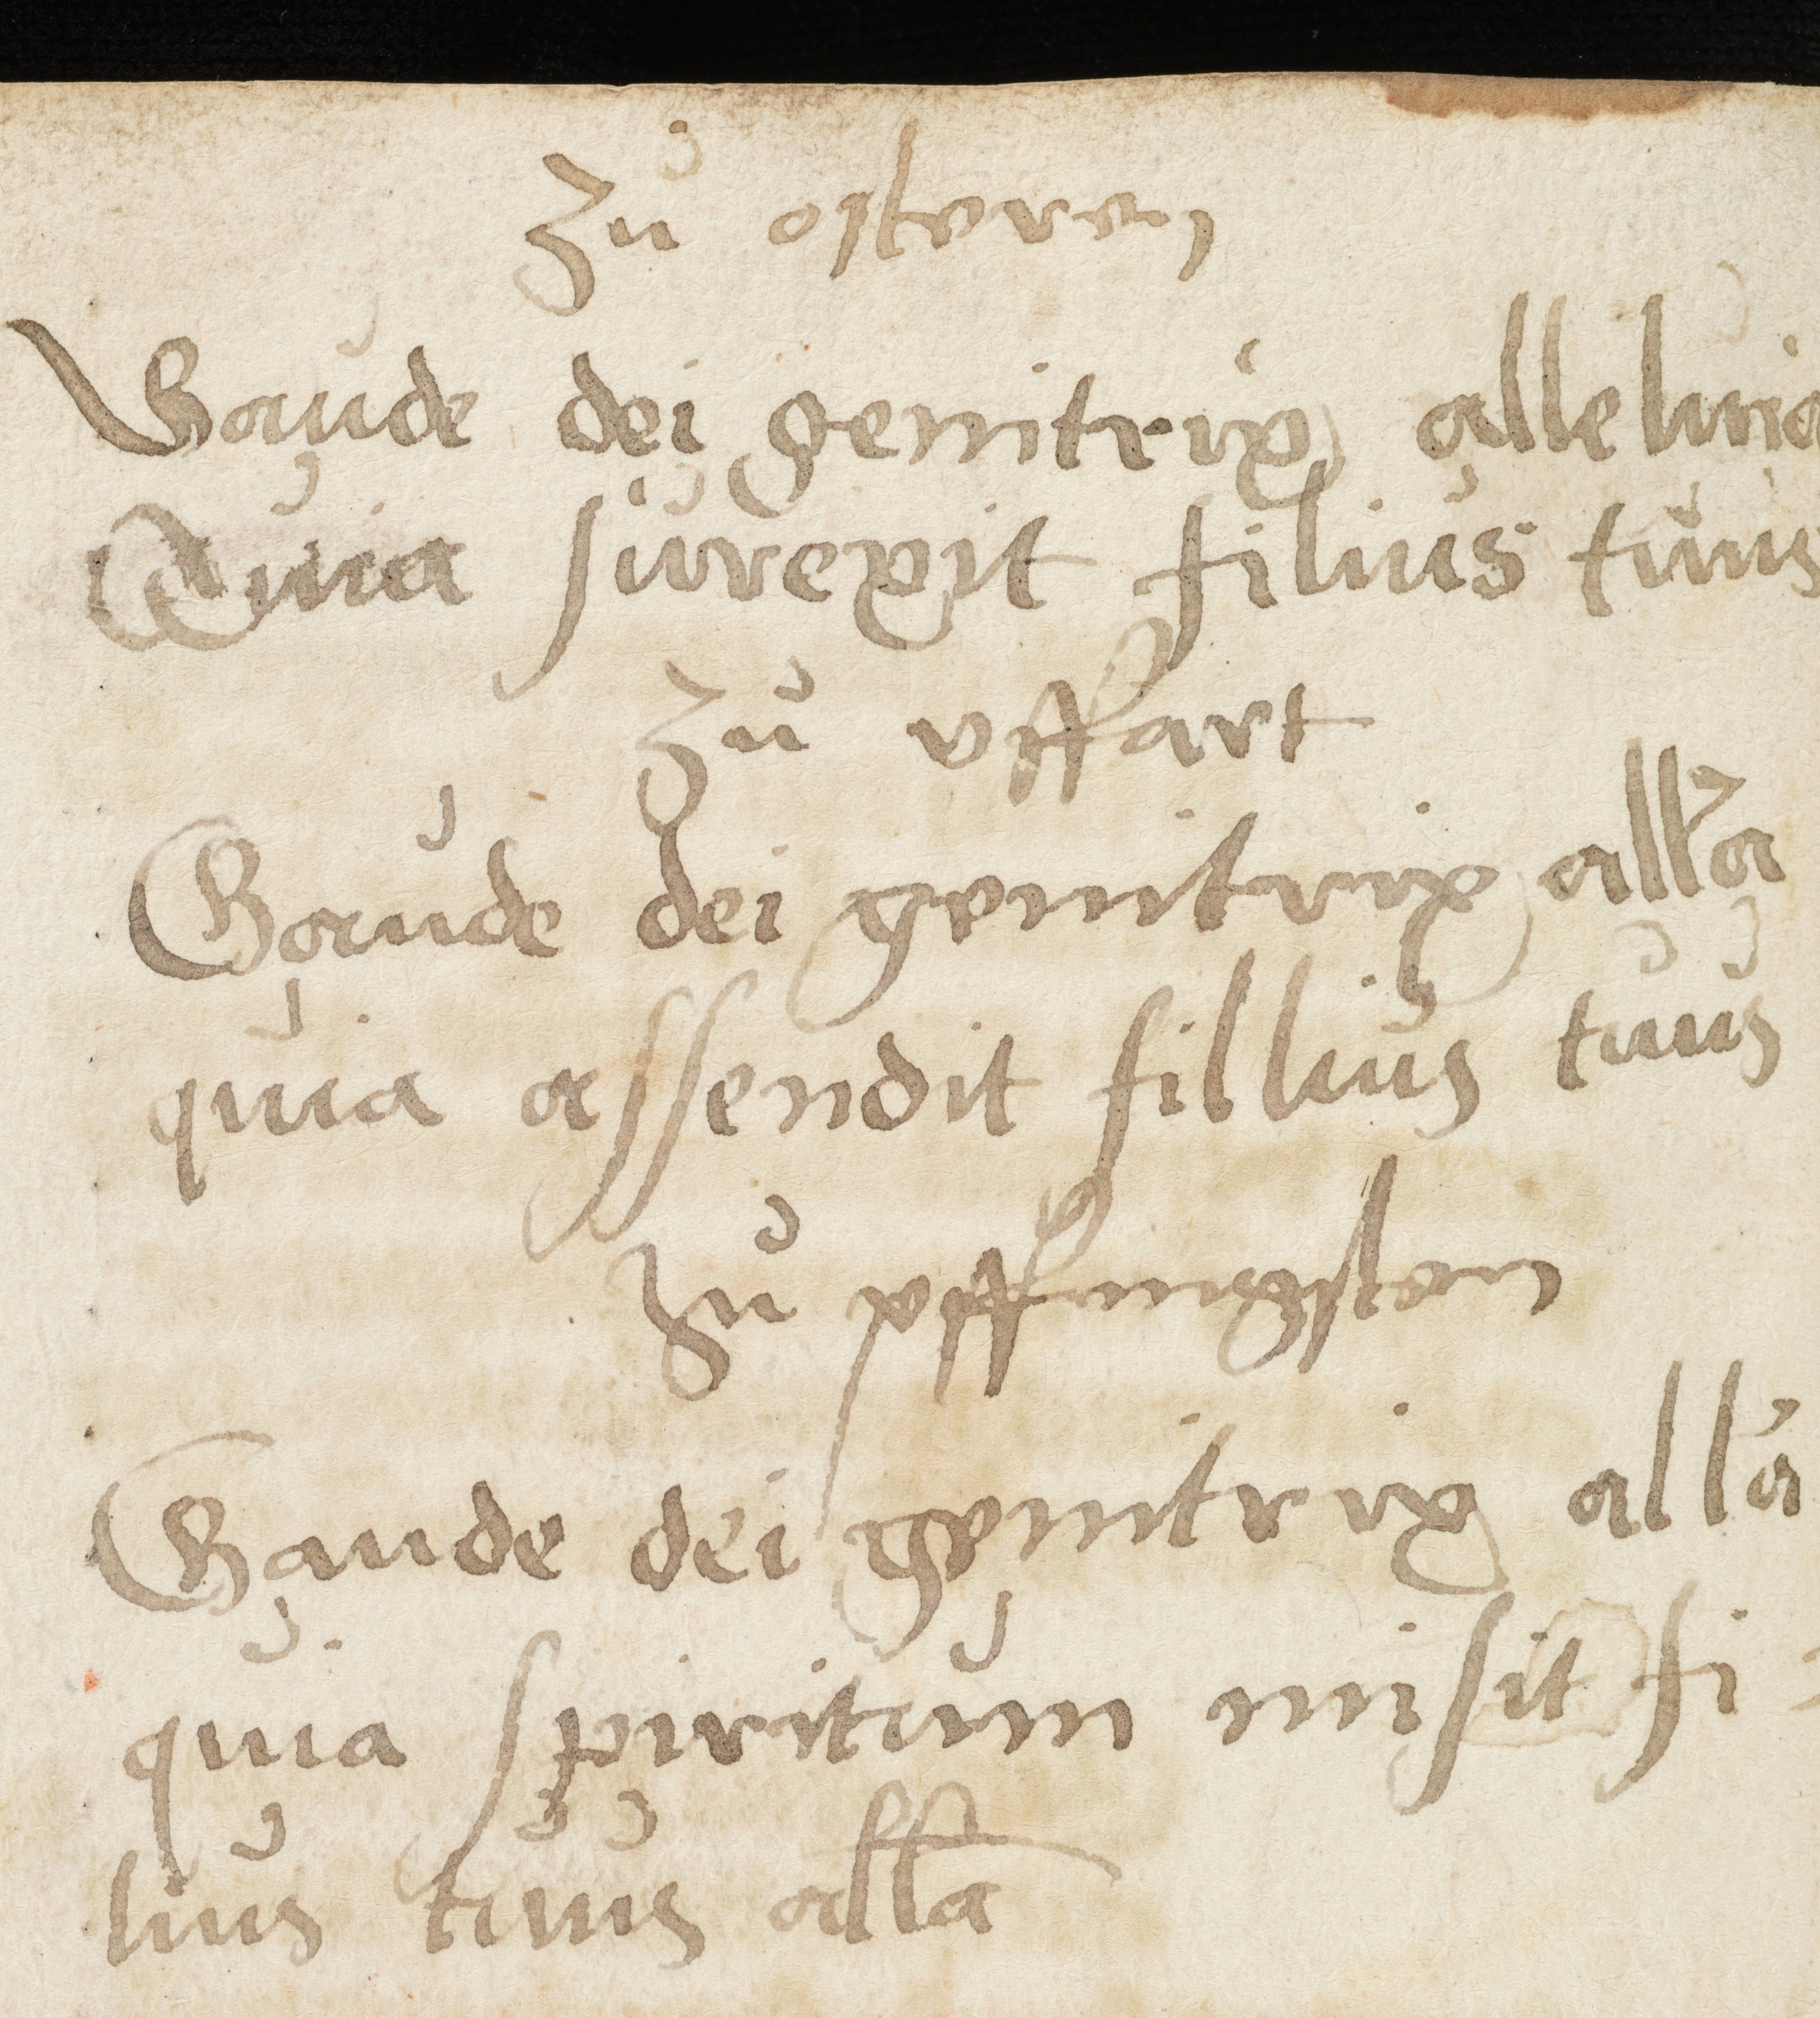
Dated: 1500–1524